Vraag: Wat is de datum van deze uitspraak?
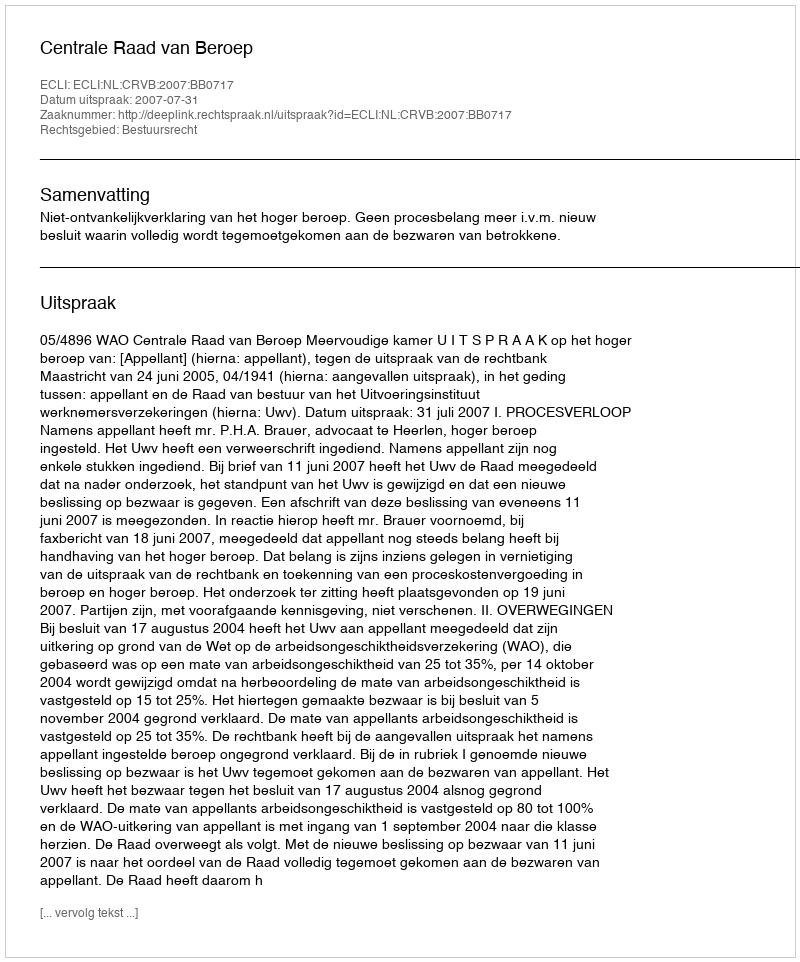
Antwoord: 2007-07-31